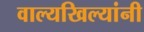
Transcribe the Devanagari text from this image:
वाल्यखिल्यांनी